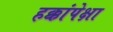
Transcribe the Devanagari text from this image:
हक्कांपेक्षा